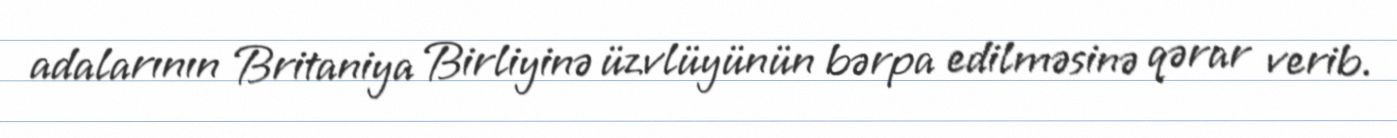
adalarının Britaniya Birliyinə üzvlüyünün bərpa edilməsinə qərar verib.